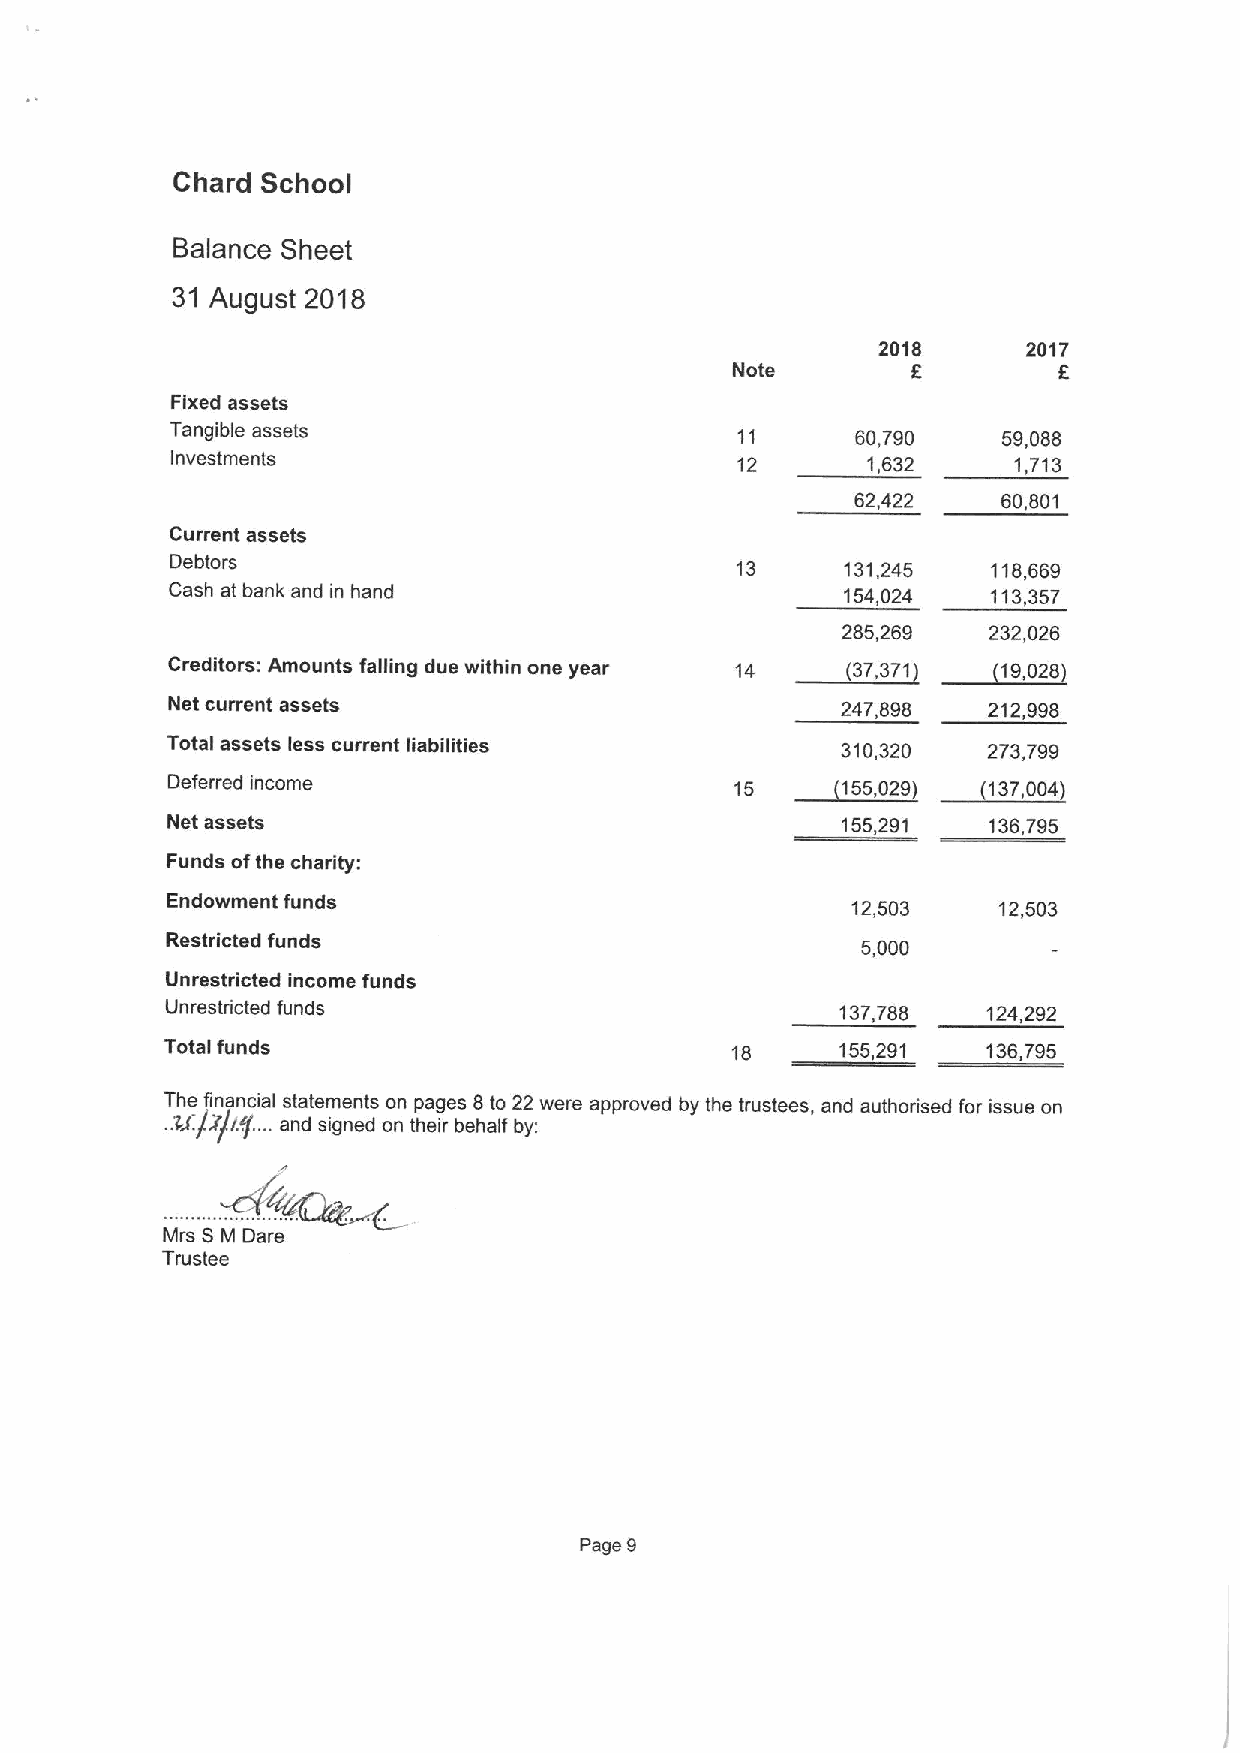
Chard School
 Balance Sheet
 31 August 2018
 2018      2017
 Note                 6
 Fixed assets
 Tangible assets                       11      60,790   59,088
 Investments                           12      1,632     1,713
 62,422   60,801
 Current assets
 Debtors                               13     131,245   118,669
 Cash at bank and in hand                     154,024   113,357
 285,269  232,026
 ~(37.    ~70,
 Creditors: Amounts falling due within one year 14 371    020
 Net current assets                           247,898  212,998
 Total assets less current liabilities        310,320  273,799
 ~755.    ~137,
 Deferred income                       1~       029       004)
 Net assets                                   155,291  136,795
 Funds ofthe charity:
 Endowment funds                              12,503    12,503
 Restricted funds
 5,000
 Unrestricted income funds
 Unrestricted funds                           137,788  124,292
 Total funds                          18      155,291  136,795
 The financial statements on pages 8to 22 were approved by the trustees, and authorised for issue on
 .. 4X/7/I f. ...and signed on their behalf by:
 Mrs 6 M Dare
 Trustee
 Page 9